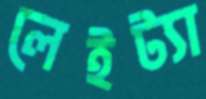
লেইট্যা